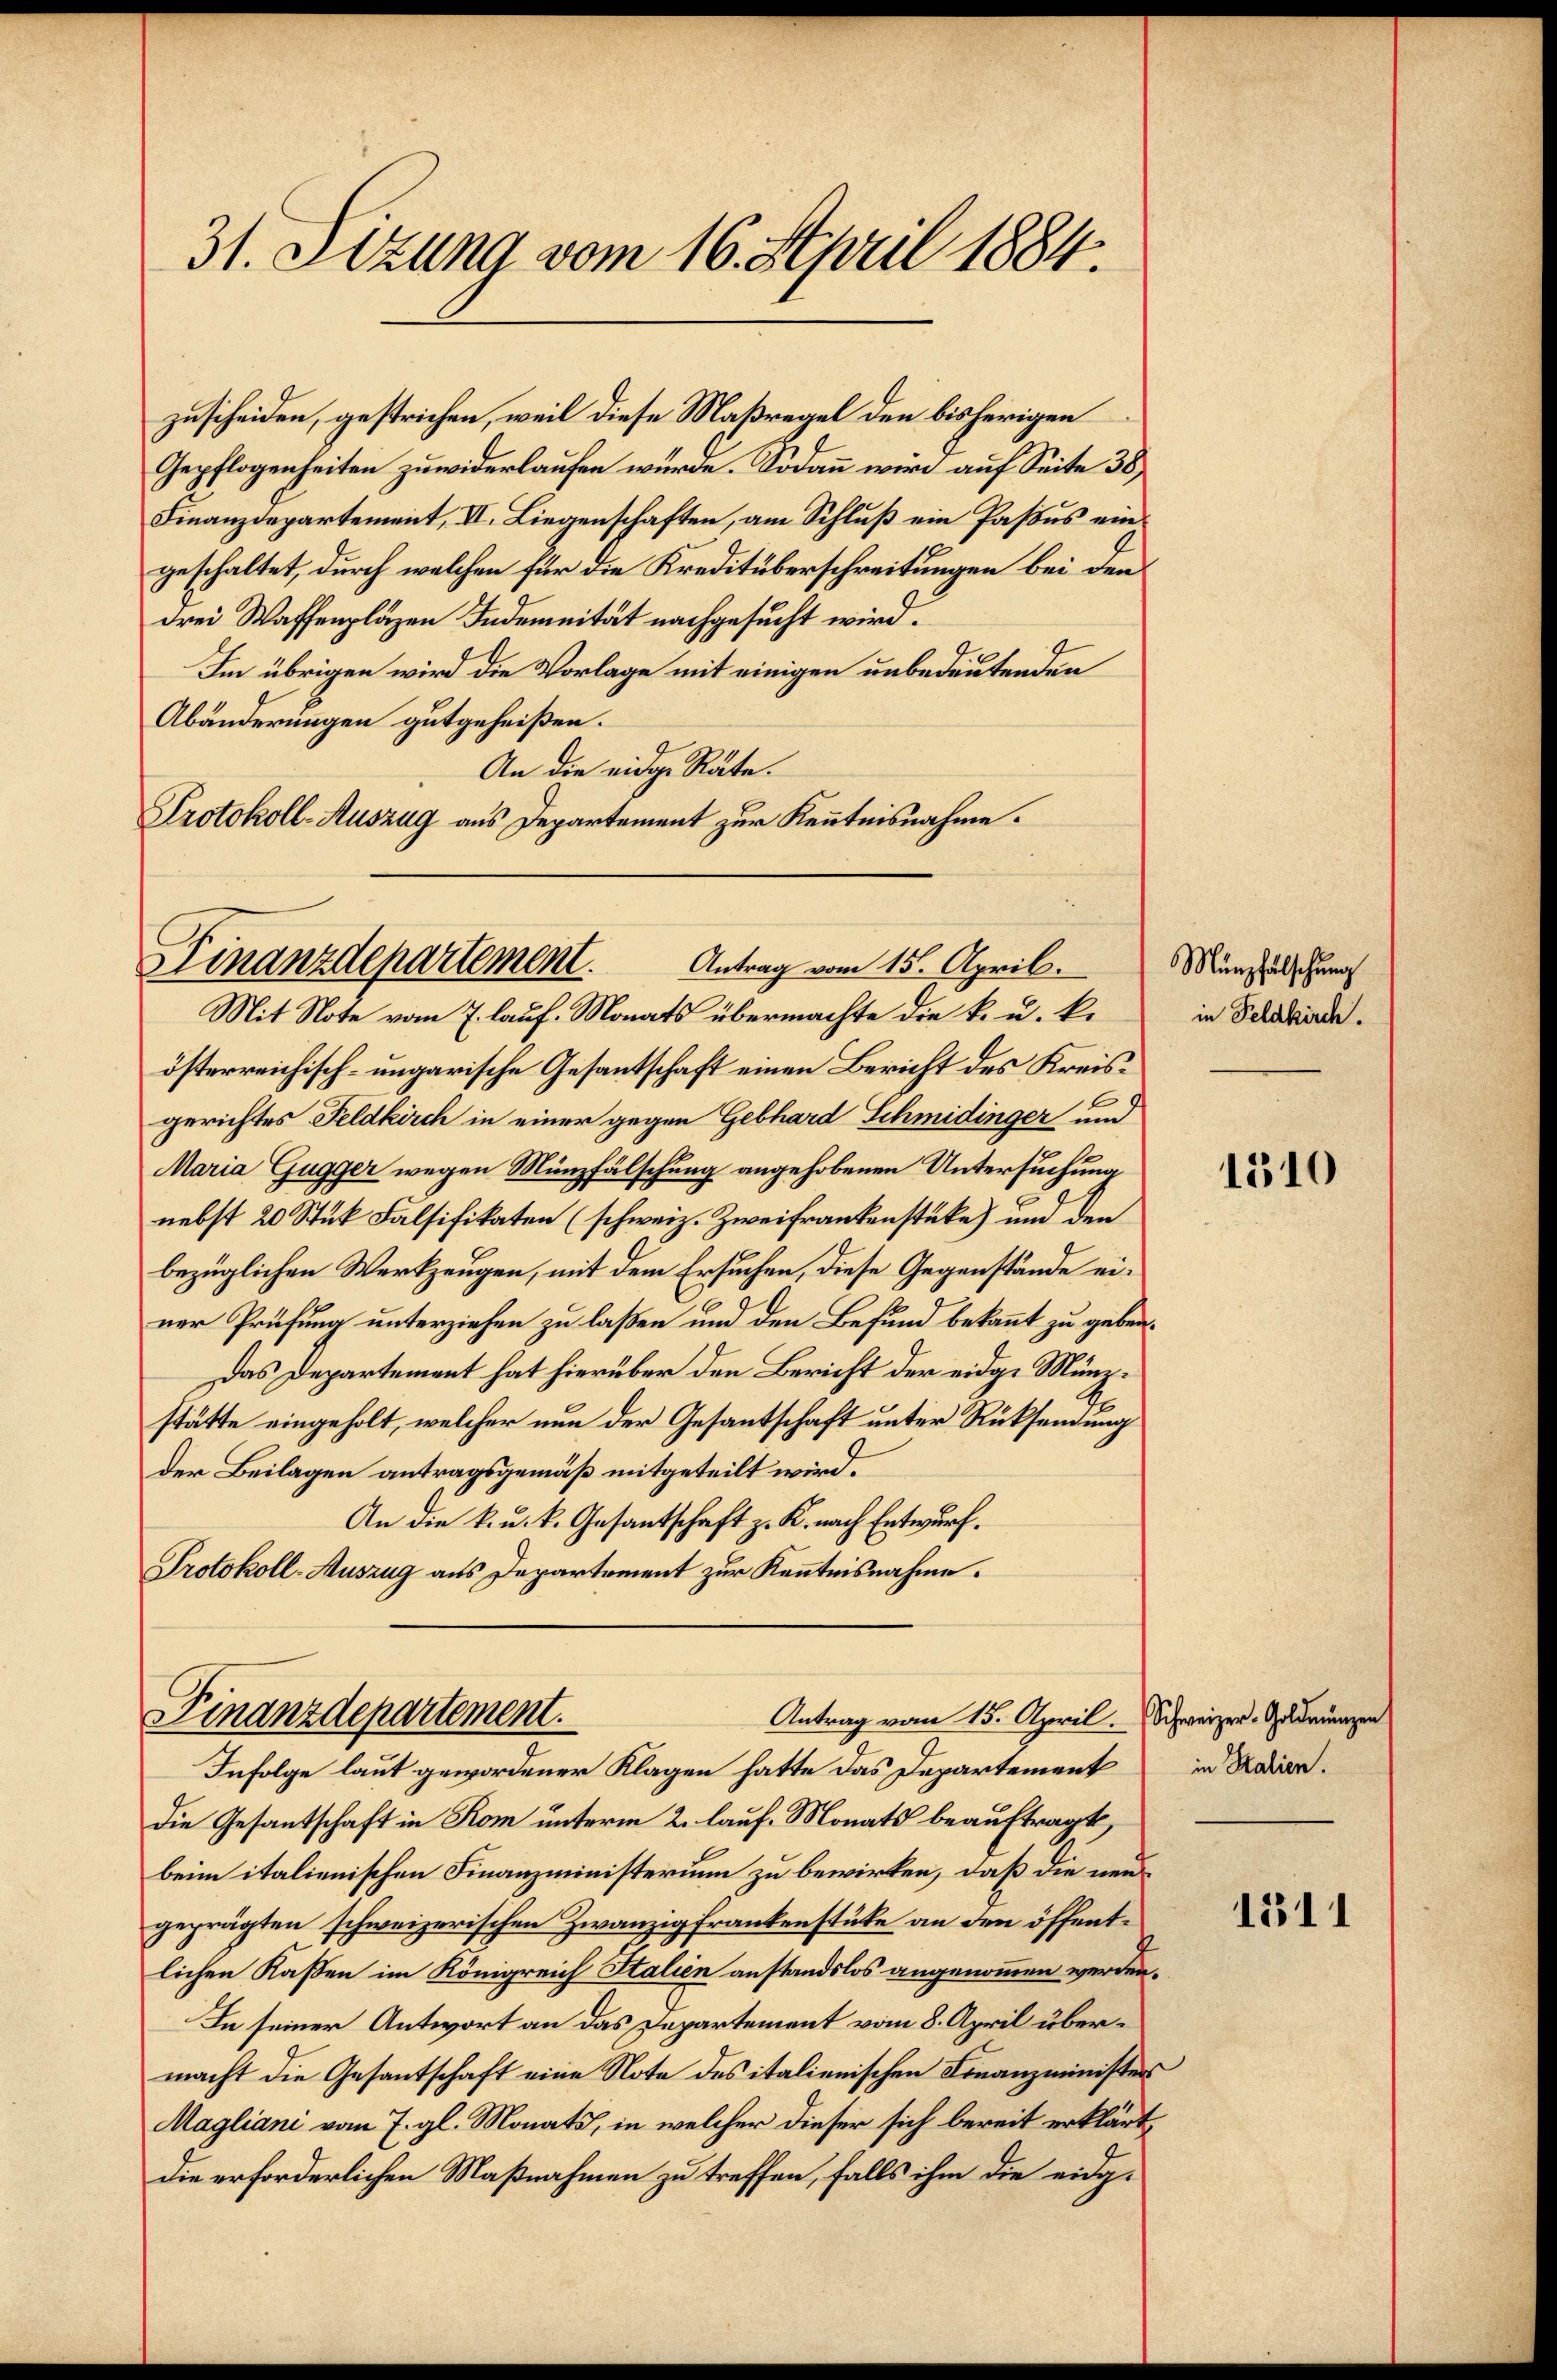
31. Setzung vom 16. April 1884.

zuscheiden, gestrichen, weil diese Maßregel den bisherigen
Gepflogenheiten zuwiderlaufen würde. Sodann wird auf Seite 38
Finanzdepartement, II. Liegenschaften, am Schluß ein Pasius eingeschaltet, durch welchen für die Kreditüberschreitungen bei dem
drei Waffenpläzen Indemnität nachgesucht wird.
Im übrigen wird die Vorlage mit einigen unbedeutenden
Abänderungen gutgeheißen.
An die eidge Räte.
Protokoll-Auszug aus Departement zur Kenntnisnahme.

Finanzdepartement.
Antrag vom 15. April.

Mit Note vom 7. lauf. Monats übermachte die k. u. k.
österreichisch-ungarische Gesantschaft einen Bericht des Kreisgerichtes Feldkirch in einer gegen Gebhard Schmidinger und
Maria Gugger wegen Münzfälschung angehobenen Untersuchung
nebst 20 Stük Falsifikaten (schweiz. Zweifrankenstüke) und den
bezüglichen Werkzeugen, mit dem Ersuchen, diese Gegenstände einer Prüfung unterziehen zu laßen und den Befund bekannt zu geben.
Das Departement hat hierüber den Bericht der eidge Münzstätte eingeholt, welcher nun der Gesantschaft unter Rücksendung
der Beilagen antragsgemäß mitgeteilt wird.
An die k. u. k. Gesantschaft z. K. nach Entwurf.
Protokoll-Auszug aus Departement zur Kenntnisnahme.

Finanzdepartement.
Antrag vom 15. April. Schweizer-Goldmünzen

Infolge laut gewordener Klagen hatte das Departement
Die Gesantschaft in Rom unterm 2. lauf. Monats beauftragt,
beim italienischen Finanzministerium zu bewirken, daß die neugeprägten schweizerischen Zwanzig Frankenstücke an den öffentlichen Kaßen im Königreich Italien anstandslos angenommen werden.
In seiner Antwort an das Departement vom 8. April übermacht die Gesantschaft eine Note des italienischen Finanzministers
Magliani vom 7. gl. Monats, in welcher dieser sich bereit erklärt,
die erforderlichen Maßnahmen zu treffen, falls ihm die eidg¬

Münzfälschung
in Feldkirch.

1510

in Salien.

1511